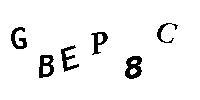
GBEP8C